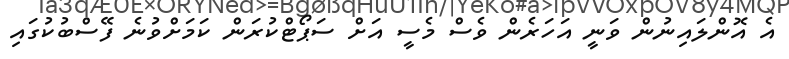
އެ އޮންލައިނުން ވަނީ އަހަރެން ވެސް މެސީ އަށް ސަޕޯޓްކުރަން ކަމަށްވުނެ ފޭސްބުކުގައި